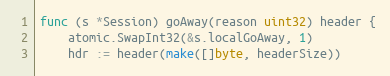
Language: Go
func (s *Session) goAway(reason uint32) header {
	atomic.SwapInt32(&s.localGoAway, 1)
	hdr := header(make([]byte, headerSize))